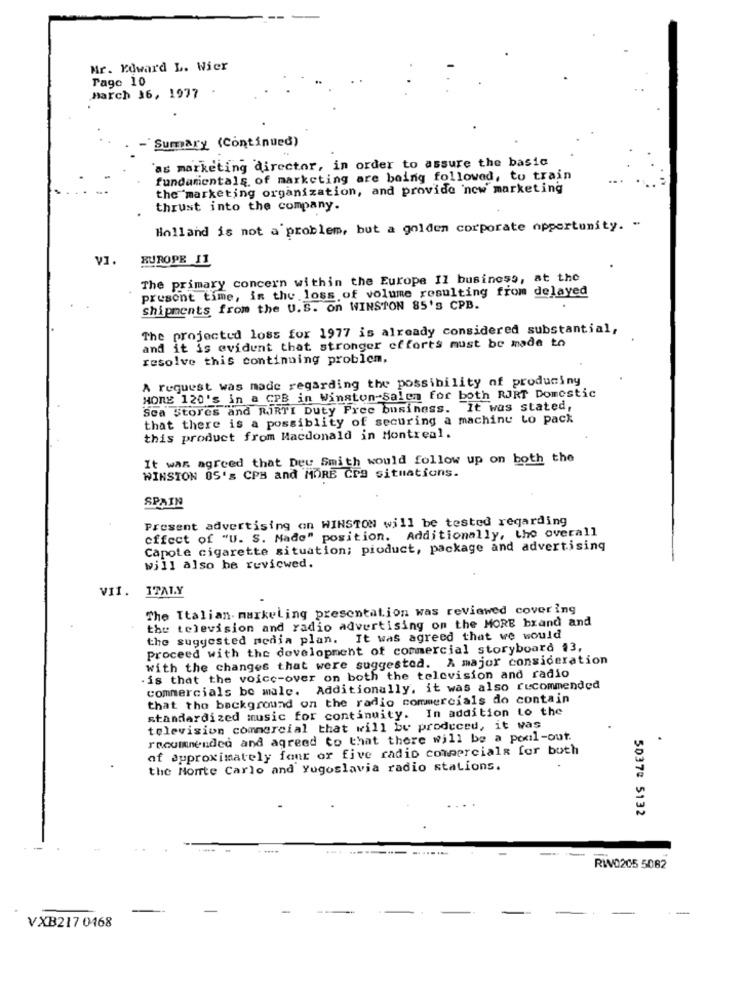
Mr. Edward L. Wier
Tage 10
March 36, 1977
- Sumary (Continued)
'as marketing director, in order to assure the basic
fundamentals of marketing are being followed, to train
the marketing organization, and provide now marketing
thrust into the company.
Holland is not a problem, but a golden corporate opportunity. "
VI.
BUROPE 11
The primary concern within the Europe Il business, at the
present time, in the loss of volume resulting from delayed
shipments from the U.S. on WINSTON 85's CPB.
The projected loss for 1977 is already considered substantial,
and it is evident that stronger efforts must be made to
resolve this continuing problem.
A request was made regarding the possibility of producing
HORE 120's in a CPB in Winston-Salem for both RJRT Domestic
Sea Stores and RiRTI Duty Free business. It was stated,
that there is a possiblity of securing a machine to pack
this product from Macdonald in Montreal.
It was agreed that Der Smith would follow up on both the
WINSTON OS's CPB and MORE Cra situations.
SPAIN
Present advertising on WINSTON will be tested regarding
effect of "U. S. Made" position. Additionally, the overall
Capote cigarette situation; pioduct, package and advertising
will also be reviewed.
VII.
ITAL.Y
The Italian. markeling presentation was reviewed covering
the television and radio advertising on the MORE brand and
the suggested media plan. It was agreed that we would
Proceed with the development of commercial storyboard 13,
with the changes that were suggested. A major consideration
.is that the voice-over on both the television and radio
commercials be male. Additionally, it was also recommended
that the background on the radio commercials do contain
standardized music for continuity. In addition to the
television commercial that will be produced, it was
raoumnendca and agreed to that there will be a poul-out.
.
of approximately fant or five radio commercials for both
the Monte Carlo and Yugoslavia radio stations.
50370 5132
RIV0205 5082
-
VXB217 0468